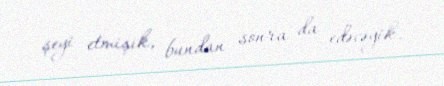
şeyi etmişik, bundan sonra da edəcəyik.